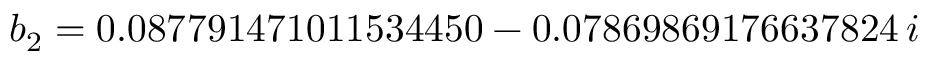
b _ { 2 } = 0 . 0 8 7 7 9 1 4 7 1 0 1 1 5 3 4 4 5 0 - 0 . 0 7 8 6 9 8 6 9 1 7 6 6 3 7 8 2 4 \, i